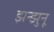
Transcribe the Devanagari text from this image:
झन्झुनू